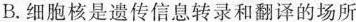
B.细胞核是遗传信息转录和翻译的场所